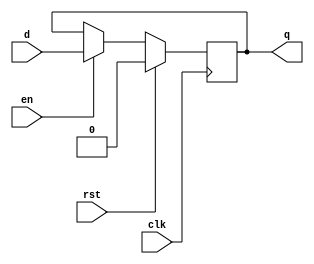
module components_dff_en_rst #(
    /**
     * Width of the register
     */
    parameter WIDTH = 1,
    /**
     * Value that the flip flop resets to
     */
    parameter RESET_VAL = 0
) (
    input clk,
    input rst,
    input en,
    input [WIDTH-1:0] d,
    output [WIDTH-1:0] q
);

    reg [WIDTH-1:0] contents = RESET_VAL;

    always @ (posedge clk) begin
        if (rst == 1'b1)
            contents <= RESET_VAL;
        else if (en == 1'b1)
            contents <= d;
    end

    assign q = contents;

endmodule